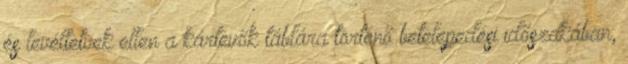
és levéltetvek ellen a kártevők táblára történő betelepedési időszakában,